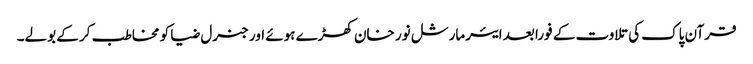
قرآن پاک کی تلاوت کے فورا بعد ایئرمارشل نور خان کھڑے ہوئے اور جنرل ضیا کو مخاطب کر کے بولے۔